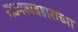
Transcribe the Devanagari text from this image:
राज्यव्यवहाराच्या